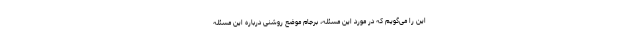
این را می‌گویم که در مورد این مسئله، برجام موضع روشنی درباره این مسئله